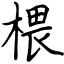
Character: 椳